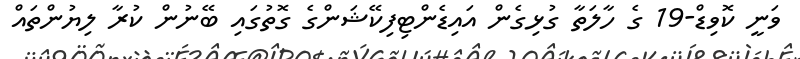
ވަނީ ކޮވިޑް-19 ގެ ހާލަތާ ގުޅިގެން އައިޑެންޓިފިކޭޝަންގެ ގޮތުގައި ބޭނުން ކުރާ ލިޔުންތައް